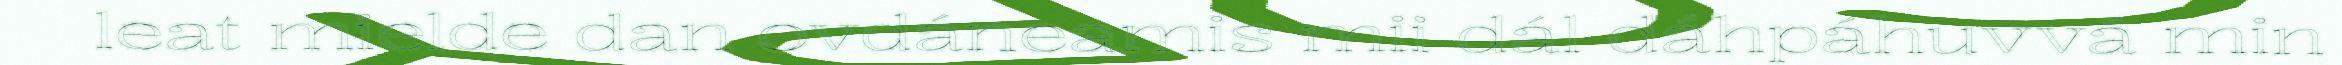
leat mielde dan ovdáneamis mii dál dáhpáhuvvá min